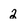
Character: 2